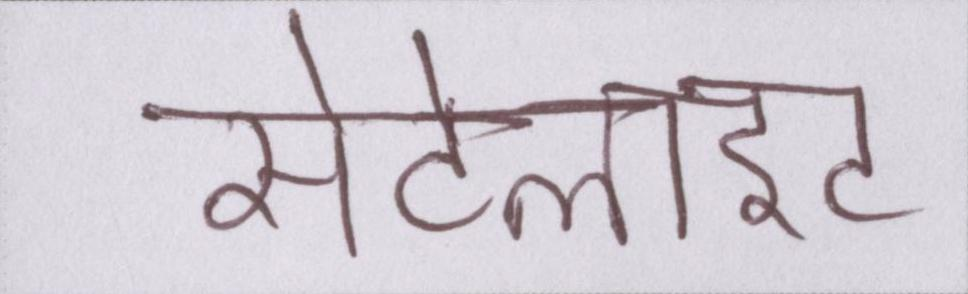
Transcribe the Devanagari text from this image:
सेटेलाइट